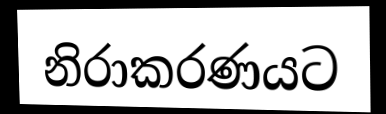
නිරාකරණයට